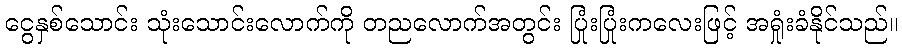
ငွေနှစ်သောင်း သုံးသောင်းလောက်ကို တညလောက်အတွင်း ပြုံးပြုံးကလေးဖြင့် အရှုံးခံနိုင်သည်။